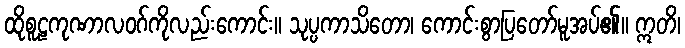
ထိုစူဠကုဏာလဝဂ်ကိုလည်းကောင်း။ သုပ္ပကာသိတော၊ ကောင်းစွာပြတော်မူအပ်၏။ ဣတိ၊